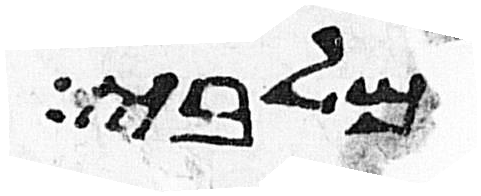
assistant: מלבי